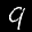
Label: 9